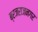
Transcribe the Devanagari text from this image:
ब्रजराजनगर